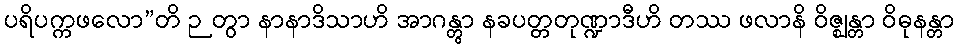
ပရိပက္ကဖလော”တိ ဉတွာ နာနာဒိသာဟိ အာဂန္တွာ နခပတ္တတုဏ္ဍာဒီဟိ တဿ ဖလာနိ ဝိဇ္ဈန္တာ ဝိဓုနန္တာ